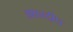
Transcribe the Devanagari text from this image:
अक्षरदीप